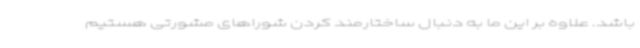
باشد. علاوه بر این ما به دنبال ساختارمند کردن شوراهای مشورتی هستیم